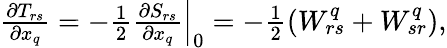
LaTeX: \begin{array}{r}{\frac{\partial T_{rs}}{\partial x_{q}}=-\frac{1}{2}\frac{\partial S_{rs}}{\partial x_{q}}\Big\vert_{0}=-\frac{1}{2}(W_{rs}^{q}+W_{sr}^{q}),}\end{array}